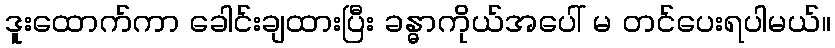
ဒူးထောက်ကာ ခေါင်းချထားပြီး ခန္ဓာကိုယ်အပေါ် မ တင်ပေးရပါမယ်။